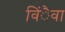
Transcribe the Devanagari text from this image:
विंैवा